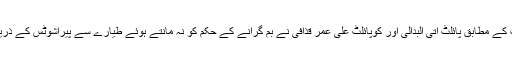
اخباری رپورٹ کے مطابق پائلٹ اتی البدالی اور کوپائلٹ علی عمر قذافی نے بم گرانے کے حکم کو نہ مانتے ہوئے طیارے سے پیراشوٹس کے ذریعے انخلاء کیا۔